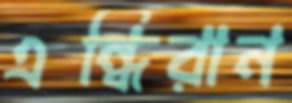
এন্ধিরান